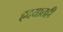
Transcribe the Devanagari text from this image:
ह्रदयातही